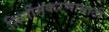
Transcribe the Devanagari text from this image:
निर्लोमकरणासाठी